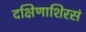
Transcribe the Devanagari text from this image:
दक्षिणाशिरसं